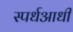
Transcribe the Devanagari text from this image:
स्पर्धआधी